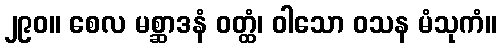
၂၉၀။ စေလ မစ္ဆာဒနံ ဝတ္ထံ၊ ဝါသော ဝသန မံသုကံ။